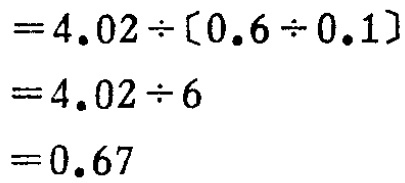
\[

\begin{align*}

&=4.02\div(0.6\div0.1)\\

&=4.02\div6\\

&=0.67

\end{align*}

\]